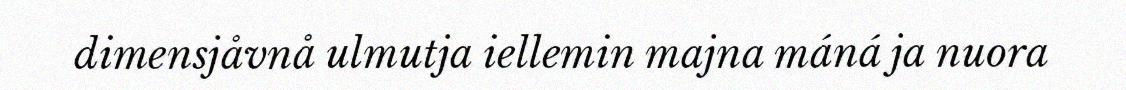
dimensjåvnå ulmutja iellemin majna máná ja nuora